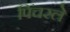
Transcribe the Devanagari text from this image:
पिंचरले